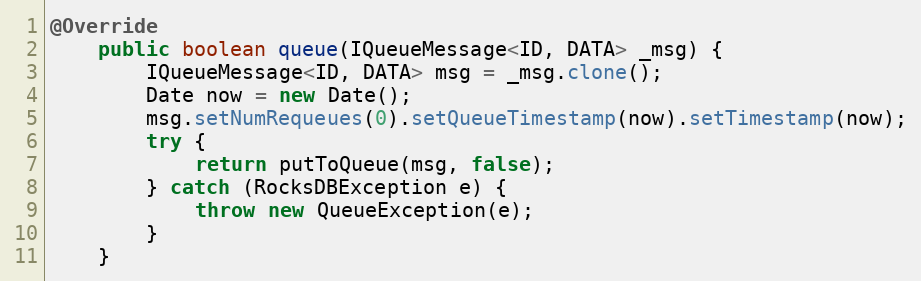
Language: Java
@Override
    public boolean queue(IQueueMessage<ID, DATA> _msg) {
        IQueueMessage<ID, DATA> msg = _msg.clone();
        Date now = new Date();
        msg.setNumRequeues(0).setQueueTimestamp(now).setTimestamp(now);
        try {
            return putToQueue(msg, false);
        } catch (RocksDBException e) {
            throw new QueueException(e);
        }
    }